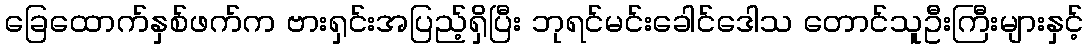
ခြေထောက်နှစ်ဖက်က ဗားရှင်းအပြည့်ရှိပြီး ဘုရင်မင်းခေါင်ဒေါသ တောင်သူဦးကြီးများနှင့်